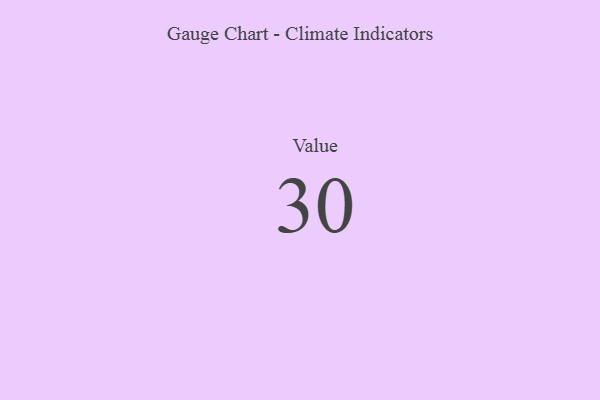
{"axis": {"x": "Metric", "y": "Value"}, "legend": [""], "data": [{"x": "Value", "y": 30, "type": ""}]}